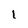
Character: 1